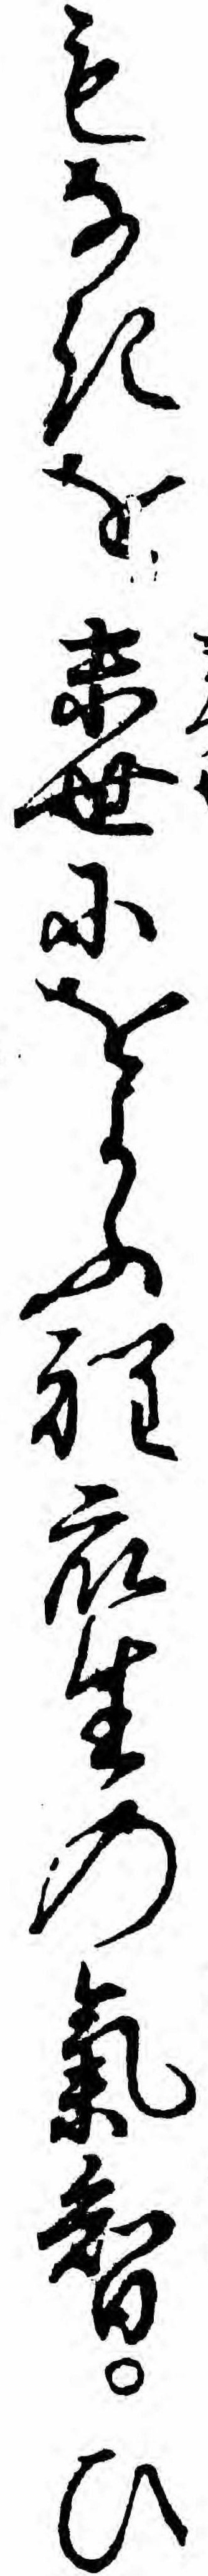
もなきを末世にをよふ程衆生の気智ひ